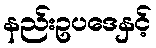
နည်းဥပဒေနှင့်